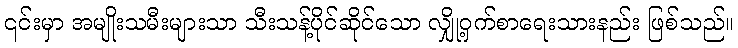
၎င်းမှာ အမျိုးသမီးများသာ သီးသန့်ပိုင်ဆိုင်သော လျှို့ဝှက်စာရေးသားနည်း ဖြစ်သည်။